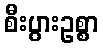
စီးပွားဥစ္စာ